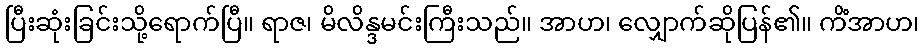
ပြီးဆုံးခြင်းသို့ရောက်ပြီ။ ရာဇ၊ မိလိန္ဒမင်းကြီးသည်။ အာဟ၊ လျှောက်ဆိုပြန်၏။ ကိံအာဟ၊